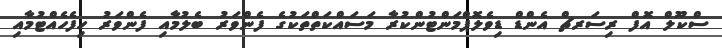
ސްކޫލް އޮފް ރިސަރޗް އެންޑް ޑިވެލޮޕްމަންޓުންކުރާ މަސައްކަތްތަކުގެ ފެންވަރު ބެލުމާއި ފެންވަރު ހިފެހެއްޓުމާއި